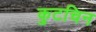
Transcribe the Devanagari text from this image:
कुटचिन